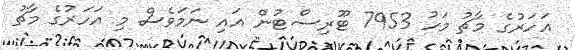
އަހަރުގެ މާޗު މަހު 7953 ޓޫރިސްޓުން އައި ނަމަވެސް މި އަހަރުގެ މާޗު